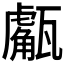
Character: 𤮝